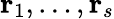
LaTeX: \mathbf{r}_{1},\dots,\mathbf{r}_{s}